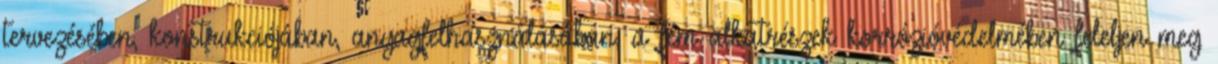
tervezésében, konstrukciójában, anyagfelhasználásában, a fém alkatrészek korrózióvédelmében feleljen meg